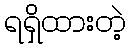
ရရှိထားတဲ့